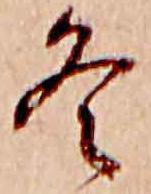
冬